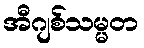
အီဂျစ်သမ္မတ